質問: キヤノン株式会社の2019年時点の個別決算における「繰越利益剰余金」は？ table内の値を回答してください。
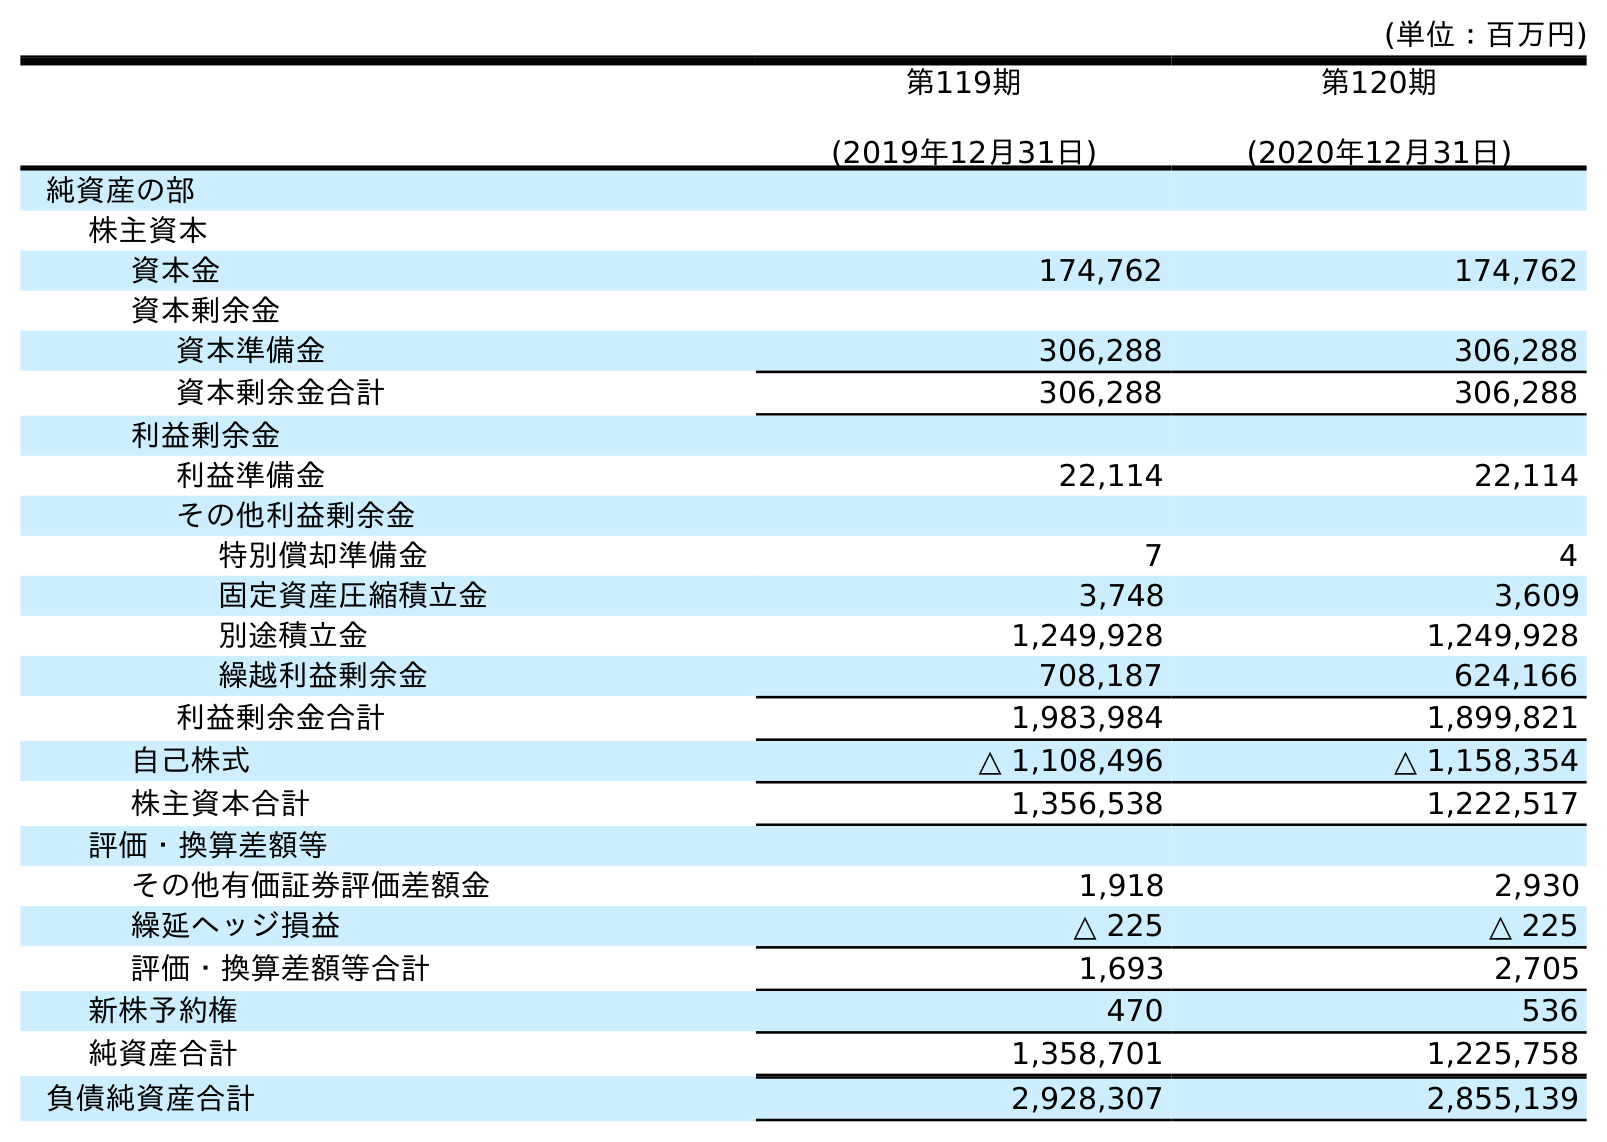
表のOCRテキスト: (単位：百万円) 第119期 (2019年12月31日) 第120期 (2020年12月31日) 純資産の部 株主資本 資本金 174,762 174,762 資本剰余金 資本準備金 306,288 306,288 資本剰余金合計 306,288 306,288 利益剰余金 利益準備金 22,114 22,114 その他利益剰余金 特別償却準備金 7 4 固定資産圧縮積立金 3,748 3,609 別途積立金 1,249,928 1,249,928 繰越利益剰余金 708,187 624,166 利益剰余金合計 1,983,984 1,899,821 自己株式 △ 1,108,496 △ 1,158,354 株主資本合計 1,356,538 1,222,517 評価・換算差額等 その他有価証券評価差額金 1,918 2,930 繰延ヘッジ損益 △ 225 △ 225 評価・換算差額等合計 1,693 2,705 新株予約権 470 536 純資産合計 1,358,701 1,225,758 負債純資産合計 2,928,307 2,855,139
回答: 708,187